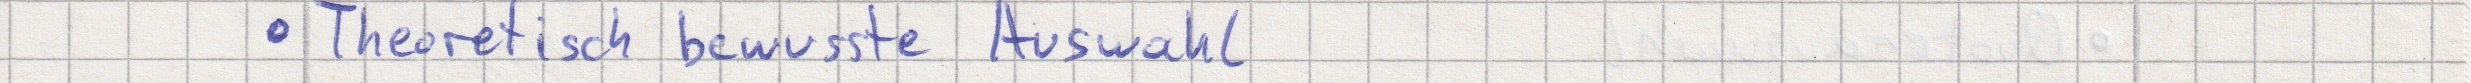
- Theoretisch bewusste Auswahl